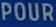
POUR